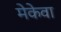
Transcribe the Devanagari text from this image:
मेकेवा